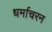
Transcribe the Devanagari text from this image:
धर्माचरन